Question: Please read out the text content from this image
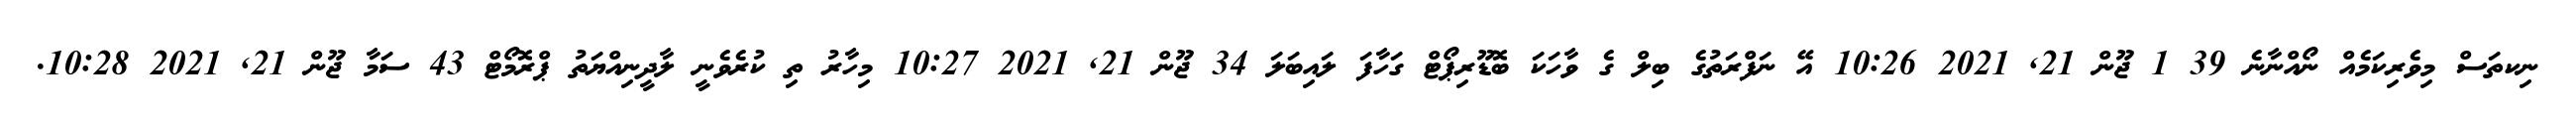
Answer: ނިކތަސް މިވެރިކަމެއް ނޯއްނާނެ 39 1 ޖޫން 21, 2021 10:26 އޭ ނަފްރަތުގެ ބިލް ގެ ވާހަކަ ބޮޑޫރިޕޯޓް ގަހާފަ ލައިބަލަ 34 ޖޫން 21, 2021 10:27 މިހާރު ތި ކުރެވެނީ ލާދީނިއްޔަތު ޕްރޮމޯޓް 43 ސަމާ ޖޫން 21, 2021 10:28.